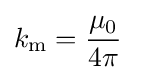
k_{\text{m}}={\frac {\mu _{0}}{4\pi }}\